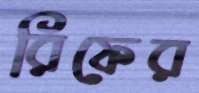
রিফের